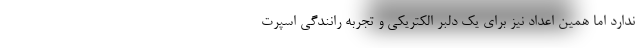
ندارد اما همین اعداد نیز برای یک دلبر الکتریکی و تجربه رانندگی اسپرت